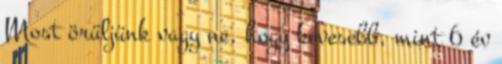
Most örüljünk vagy ne, hogy kevesebb, mint 6 év